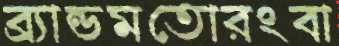
ব্র্যান্ডমতোরংবা